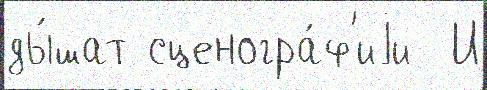
ды́шат сценогра́ф'иjи  И